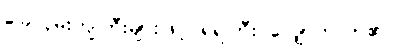
ခြေလှမ်းကျဲကြီးများဖြင့် ရဲရဲကြီး လျှောက်လာ၏။